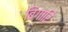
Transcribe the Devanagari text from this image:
बिगारि